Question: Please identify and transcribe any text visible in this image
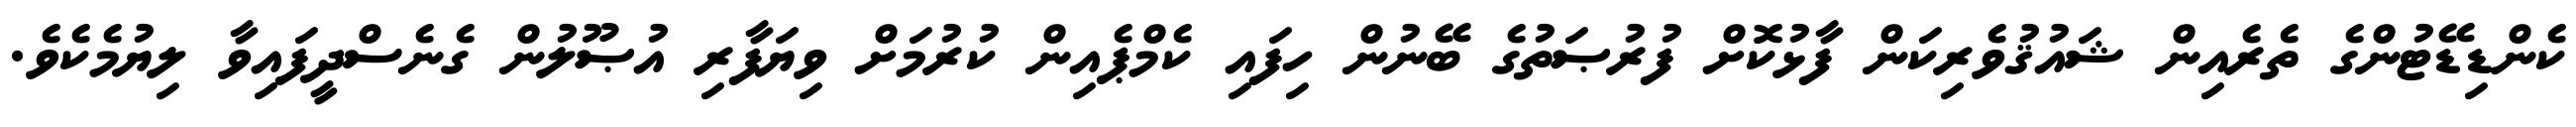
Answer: ކެންޑިޑޭޓުންގެ ތެރެއިން ޝައުޤުވެރިކަން ފާޅުކޮށް ފުރުޞަތުގެ ބޭނުން ހިފައި ކެމްޕެއިން ކުރުމަށް ވިޔަފާރި އުޞޫލުން ގެނެސްދީފައިވާ ލިޔުމެކެވެ.